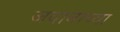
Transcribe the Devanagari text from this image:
जवानाच्या